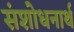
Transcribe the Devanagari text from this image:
संशोधनार्थ